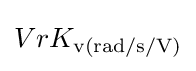
VrK_{\text{v(rad/s/V)}}